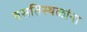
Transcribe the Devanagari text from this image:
वसतिस्थळांना